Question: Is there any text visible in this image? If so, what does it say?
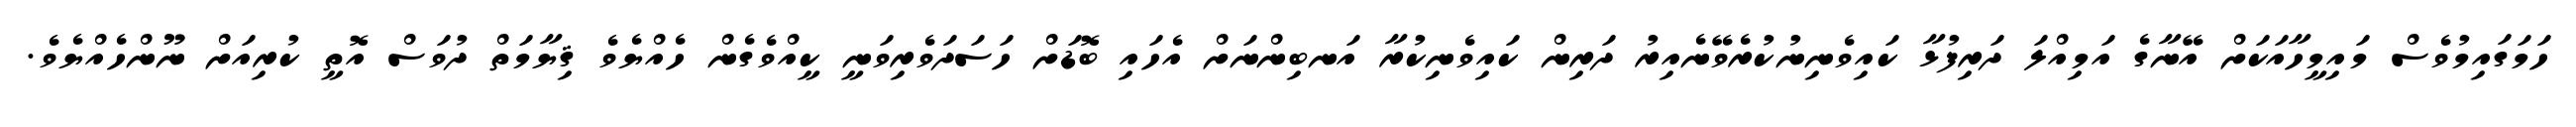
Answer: ހަމަގައިމުވެސް މައިމީހާއަކަށް އޭނާގެ އަމިއްލަ ދަރިފުޅާ ކައިވެނިނުކުރެވޭނެއިރު ދަރިން ކައިވެނިކުރާ އަނބިންނަށް އެހައި ބޮޑަށް ހަސަދަވެރިވަނީ ކީއްވެގެން ހެއްޔެވެ ޤިޔާމަތް ދުވަސް އޮތީ ކުރިއަށް ނޫންހެއްޔެވެ.